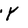
Character: Y